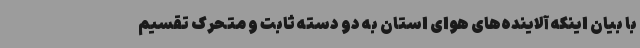
با بیان اینکه آلاینده‌های هوای استان به دو دسته ثابت و متحرک تقسیم